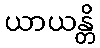
ယာယန္တိ